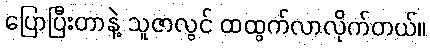
ပြောပြီးတာနဲ့ သူဇာလွင် ထထွက်လာလိုက်တယ်။